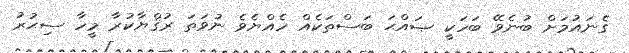
ގެނައުމަށް ބުނެވޭ ބަހަކީ ޞައްޙަ ބަސްތަކެއް ހެއްޔެވެ ނުވަތަ ރުޤްޔާކުރާ މީހާ ސިޙުރު